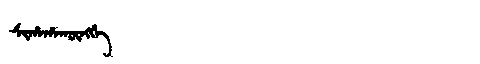
Manchu: ᠰᡳᡥᠠᡥᠠᡴᡡᠩᡤᡝ
Romanization: SIHAHAKŪNGGE